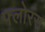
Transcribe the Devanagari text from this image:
फ्लोरंस